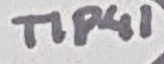
Text: TIP41